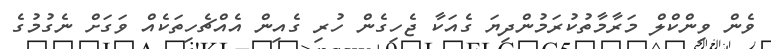
ވެން ވިންކްލް މަރާމާތުކުރަމުންދިޔަ ގެއަކާ ޖެހިގެން ހުރި ގެއިން އެއްޗެހިތަކެއް ވަގަށް ނެގުމުގެ